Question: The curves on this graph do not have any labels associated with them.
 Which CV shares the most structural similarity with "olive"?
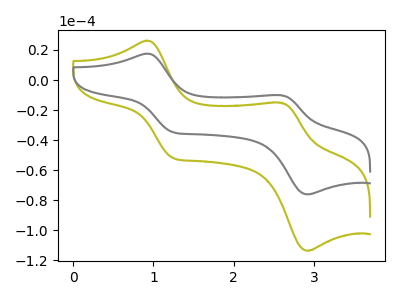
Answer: <think>The olive curve "olive" has anodic peaks at (0.90V, 26.15uA) (2.60V, -15.05uA) and cathodic peaks at (1.25V, -51.85uA) (2.90V, -113.60uA). The gray curve "gray" has anodic peaks at (0.90V, 17.55uA) (2.60V, -10.10uA) and cathodic peaks at (1.25V, -34.75uA) (2.90V, -76.10uA).
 All the peaks in "olive" have a peak in "gray" at the same potential.</think>
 <answer>The CV with the most similar shape to "gray" is "olive".</answer>
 <eval>"olive"</eval>